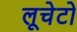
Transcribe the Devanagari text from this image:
लूचेटो